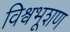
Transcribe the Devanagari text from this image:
विश्वभूशण